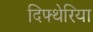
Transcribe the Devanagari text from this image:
दिफ्थेरिया